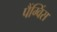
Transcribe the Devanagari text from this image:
पैंग्विंस